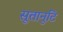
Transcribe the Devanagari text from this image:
सूतानुटि